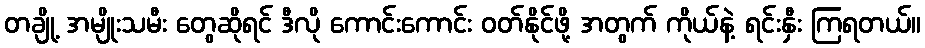
တချို့ အမျိုးသမီး တွေဆိုရင် ဒီလို ကောင်းကောင်း ဝတ်နိုင်ဖို့ အတွက် ကိုယ်နဲ့ ရင်းနှီး ကြရတယ်။